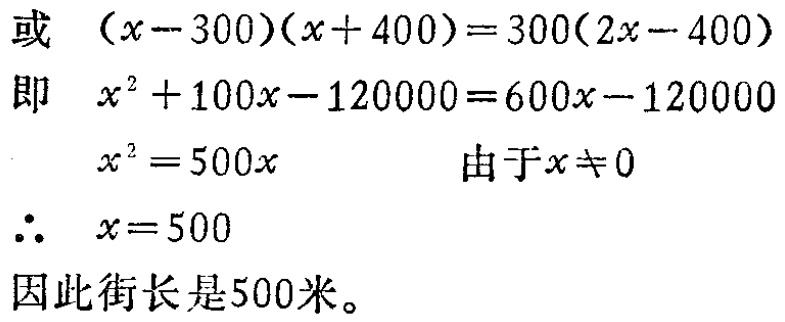
或 \((x - 300)(x + 400) = 300(2x - 400)\)

即 \(x^{2}+100x - 120000 = 600x - 120000\)

\(x^{2}=500x\) 由于\(x\neq0\)

\(\therefore\) \(x = 500\)

因此街长是500米。